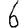
Digit: 6